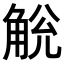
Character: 𧣥